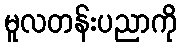
မူလတန်းပညာကို